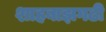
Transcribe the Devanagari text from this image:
शाहबाझगढी